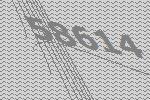
58614